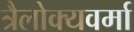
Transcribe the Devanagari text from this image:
त्रैलोक्यवर्मा